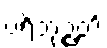
ပရိဘုဉ္ဇတိ